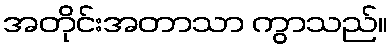
အတိုင်းအတာသာ ကွာသည်။